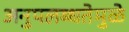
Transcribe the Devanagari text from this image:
अनुपलब्धतेमुळे